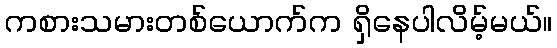
ကစားသမားတစ်ယောက်က ရှိနေပါလိမ့်မယ်။